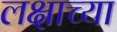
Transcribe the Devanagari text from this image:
लक्षाच्या